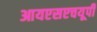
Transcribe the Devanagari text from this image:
आयएसएचयूपी